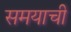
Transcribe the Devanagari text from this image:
समयाची